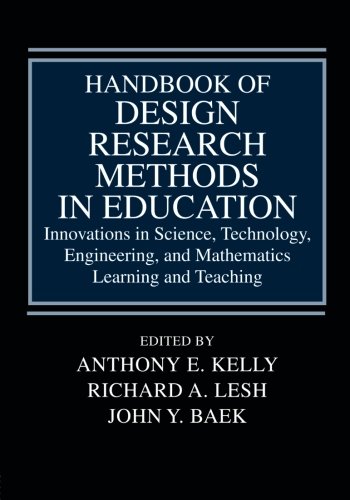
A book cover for Handbook of Design Research Methods in Education: Innovations in Science, Technology, Engineering, and Mathematics Learning and Teaching; Science & Math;